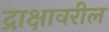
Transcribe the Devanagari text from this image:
द्राक्षावरील